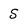
Character: 5